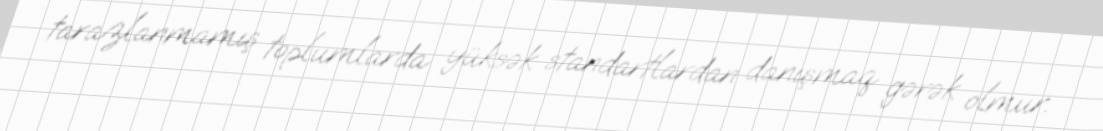
tarazlanmamış toplumlarda yüksək standartlardan danışmaq gərək olmur.